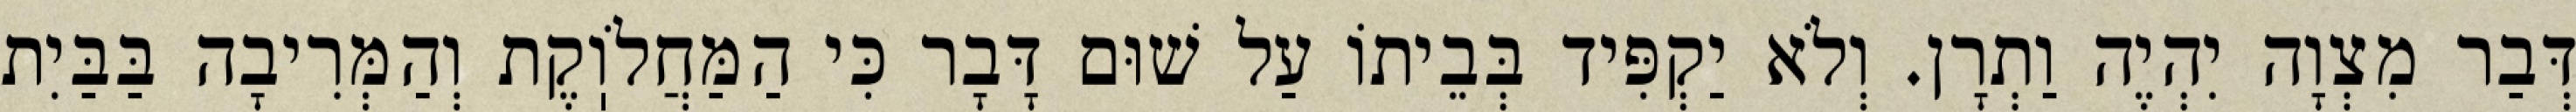
דְּבַר מִצְוָה יִהְיֶה וַתְרָן. וְלֹא יַקְפִּיד בְּבֵיתוֹ עַל שׁוּם דָּבָר כִּי הַמַּחֲלֹוֽקֶת וְהַמְּרִיבָה בַּבַּיִת